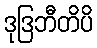
ဒုဒြဘီတိပိ